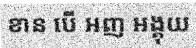
ខាន បើ អញ អង្គុយ